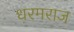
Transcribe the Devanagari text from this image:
धरमराज